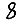
Digit: 8